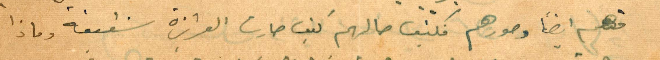
منهم ايضًا وصورهم فكيف حالهم كيف صارت العزيزة شفيقة وماذا